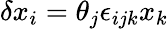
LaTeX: \delta x_{i}=\theta_{j}\epsilon_{ijk}x_{k}